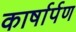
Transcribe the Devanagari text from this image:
कार्षार्पण